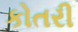
કોતરી